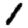
Digit: 1